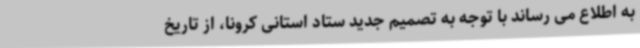
به اطلاع می رساند با توجه به تصمیم جدید ستاد استانی کرونا، از تاریخ